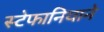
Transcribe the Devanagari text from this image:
स्टेफानियाने